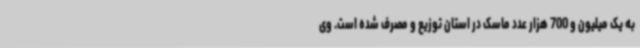
به یک میلیون و 700 هزار عدد ماسک در استان توزیع و مصرف شده است. وی